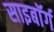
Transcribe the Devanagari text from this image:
साइबाॅर्ग